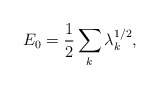
\begin{align*}E_{0}=\frac{1}{2}\sum_{k}\lambda_{k}^{1/2},\end{align*}